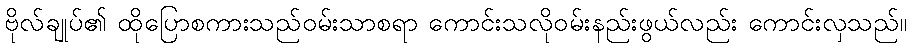
ဗိုလ်ချုပ်၏ ထိုပြောစကားသည်ဝမ်းသာစရာ ကောင်းသလိုဝမ်းနည်းဖွယ်လည်း ကောင်းလှသည်။